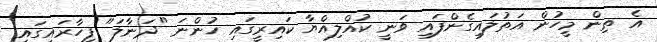
އެ ތިން މީހުން އަތުލައިގެންފައި ވަނީ ކުއްލިއްޔާ ކައިރީގައި ހުންނަ "ދަނާލަ" ފިހާރައިގައި